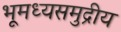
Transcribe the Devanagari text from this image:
भूमध्यसमुद्रीय